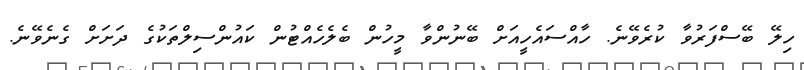
ހިލޭ ބޭސްފަރުވާ ކުރެވޭނެ. ހާއްސައެހީއަށް ބޭނުންވާ މީހުން ބެލެހެއްޓުން ކައުންސިލްތަކުގެ ދަށަށް ގެނެވޭނެ.